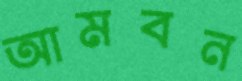
আমবন